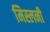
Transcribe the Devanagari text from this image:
मिस्लनी